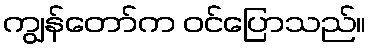
ကျွန်တော်က ဝင်ပြောသည်။